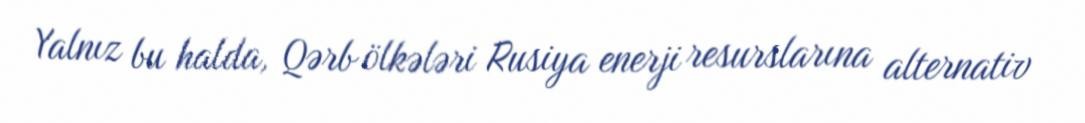
Yalnız bu halda, Qərb ölkələri Rusiya enerji resurslarına alternativ